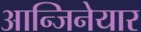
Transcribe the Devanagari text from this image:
आन्जिनेयार